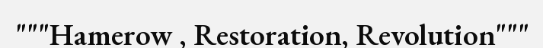
"""Hamerow , Restoration, Revolution"""